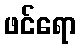
ဖင်ရော